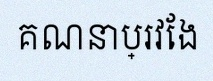
គណនាប្រវែង